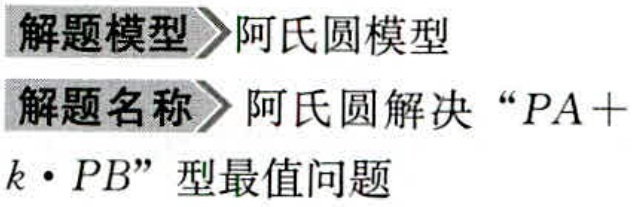
解题模型>阿氏圆模型

解题名称>阿氏圆解决“\(PA + k\cdot PB\)”型最值问题